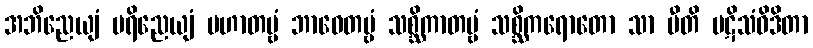
အဘိညေယျံ ပရိညေယျံ ပဟာတဗ္ဗံ ဘာဝေတဗ္ဗံ သစ္ဆိကာတဗ္ဗံ သစ္ဆိကရောတော သာ ပီတိ ပဋိသံဝိဒိတာ